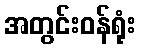
အတွင်းဝန်ရုံး